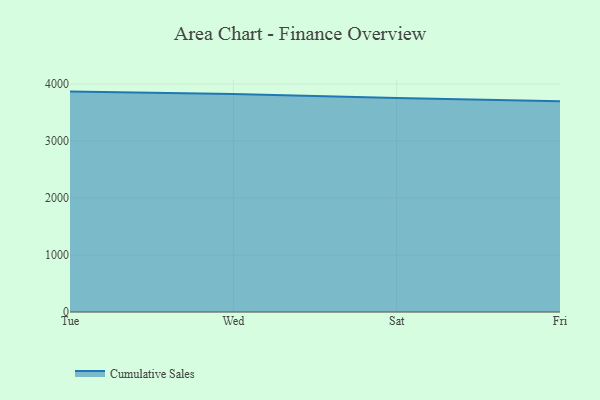
{"axis": {"x": "Day", "y": "Active Users"}, "legend": ["Cumulative Sales"], "data": [{"x": "Tue", "y": 3866.7, "type": "Cumulative Sales"}, {"x": "Wed", "y": 3823.0, "type": "Cumulative Sales"}, {"x": "Sat", "y": 3756.1, "type": "Cumulative Sales"}, {"x": "Fri", "y": 3697.0, "type": "Cumulative Sales"}]}